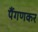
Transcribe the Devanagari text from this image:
पैंगणकर